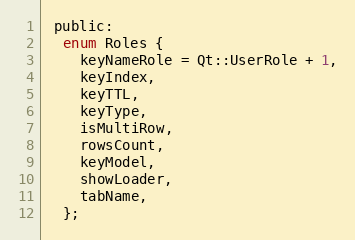
Language: C
 public:
  enum Roles {
    keyNameRole = Qt::UserRole + 1,
    keyIndex,
    keyTTL,
    keyType,
    isMultiRow,
    rowsCount,
    keyModel,
    showLoader,
    tabName,
  };